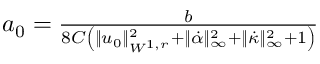
\begin{array} { r } { a _ { 0 } = \frac { b } { 8 C \left( \| u _ { 0 } \| _ { W ^ { 1 , r } } ^ { 2 } + \| \dot { \alpha } \| _ { \infty } ^ { 2 } + \| \dot { \kappa } \| _ { \infty } ^ { 2 } + 1 \right) } } \end{array}